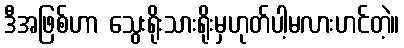
ဒီအဖြစ်ဟာ သွေးရိုးသားရိုးမှဟုတ်ပါ့မလားဟင်တဲ့။